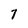
Character: 7